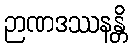
ဉာဏဒဿနန္တိ